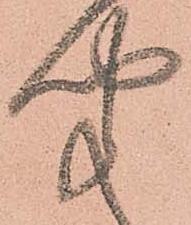
聞